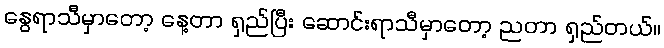
နွေရာသီမှာတော့ နေ့တာ ရှည်ပြီး ဆောင်းရာသီမှာတော့ ညတာ ရှည်တယ်။